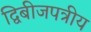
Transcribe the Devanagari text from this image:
द्विबीजपत्रीय